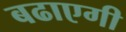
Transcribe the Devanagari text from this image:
बढाएगी